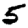
Digit: 5